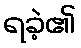
ရခဲ့၏